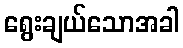
ရွေးချယ်သောအခါ